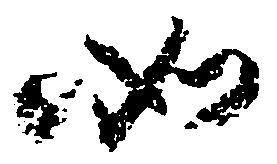
如